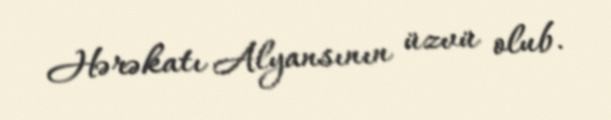
Hərəkatı Alyansının üzvü olub.